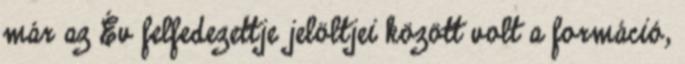
már az Év felfedezettje jelöltjei között volt a formáció,